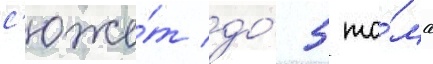
с'юже́т до́ 5 то́ма